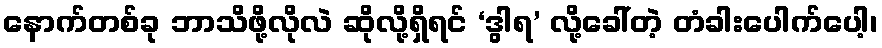
နောက်တစ်ခု ဘာသိဖို့လိုလဲ ဆိုလို့ရှိရင် ‘ဒွါရ’ လို့ခေါ်တဲ့ တံခါးပေါက်ပေါ့၊